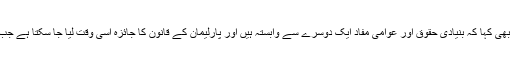
اپنے ریمارکس میں انھوں نے یہ بھی کہا کہ بنیادی حقوق اور عوامی مفاد ایک دوسرے سے وابستہ ہیں اور پارلیمان کے قانون کا جائزہ اسی وقت لیا جا سکتا ہے جب وہ بنیادی حقوق سے متصادم ہو۔